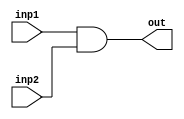
module and32bit(output [31:0] out,input [31:0] inp1,input [31:0] inp2);
	assign out = inp1 & inp2;
endmodule

module or32bit(output [31:0] out,input [31:0] inp1,input [31:0] inp2);
	assign out = inp1 | inp2;
endmodule

module xor32bit(output [31:0] out,input [31:0] inp1,input inp2);
	assign out = inp1 ^ {32{inp2}};
endmodule